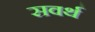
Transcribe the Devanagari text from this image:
सवर्थ